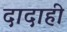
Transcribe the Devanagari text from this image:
दादाही